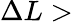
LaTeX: \Delta L>